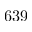
6 3 9